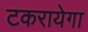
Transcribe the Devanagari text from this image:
टकरायेगा